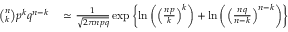
\begin{array} { r l } { { \binom { n } { k } } p ^ { k } q ^ { n - k } } & { { } \simeq { \frac { 1 } { \sqrt { 2 \pi n p q } } } \exp \left\{ \ln \left( \left( { \frac { n p } { k } } \right) ^ { k } \right) + \ln \left( \left( { \frac { n q } { n - k } } \right) ^ { n - k } \right) \right\} } \end{array}